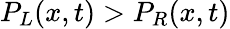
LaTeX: P_{L}(x,t)>P_{R}(x,t)